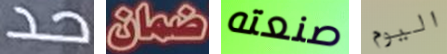
حد ضمان صنعته اليوم